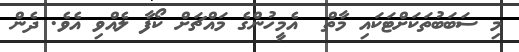
މި ސަބަބުތަކަށްޓަކައި މާތް  އެމީހުންގެ މައްޗަށް ކޯފާ ލެއްވި އެވެ. ދެން